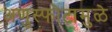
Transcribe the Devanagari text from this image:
अणुस्फोटामुळे